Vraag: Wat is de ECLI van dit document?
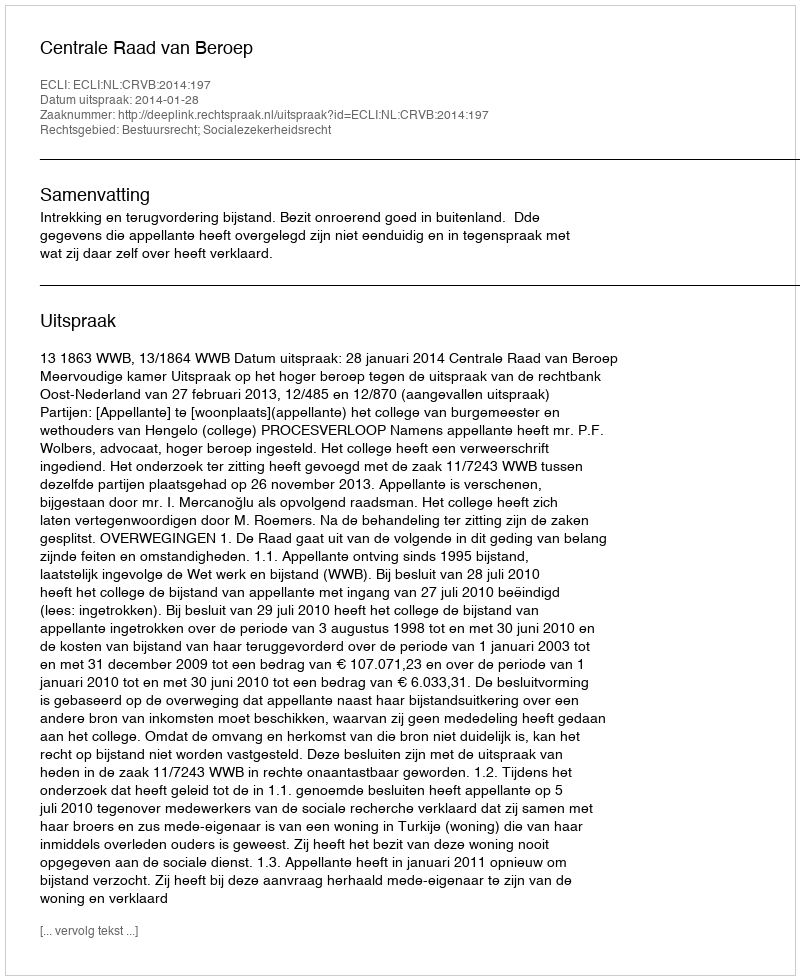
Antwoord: ECLI:NL:CRVB:2014:197